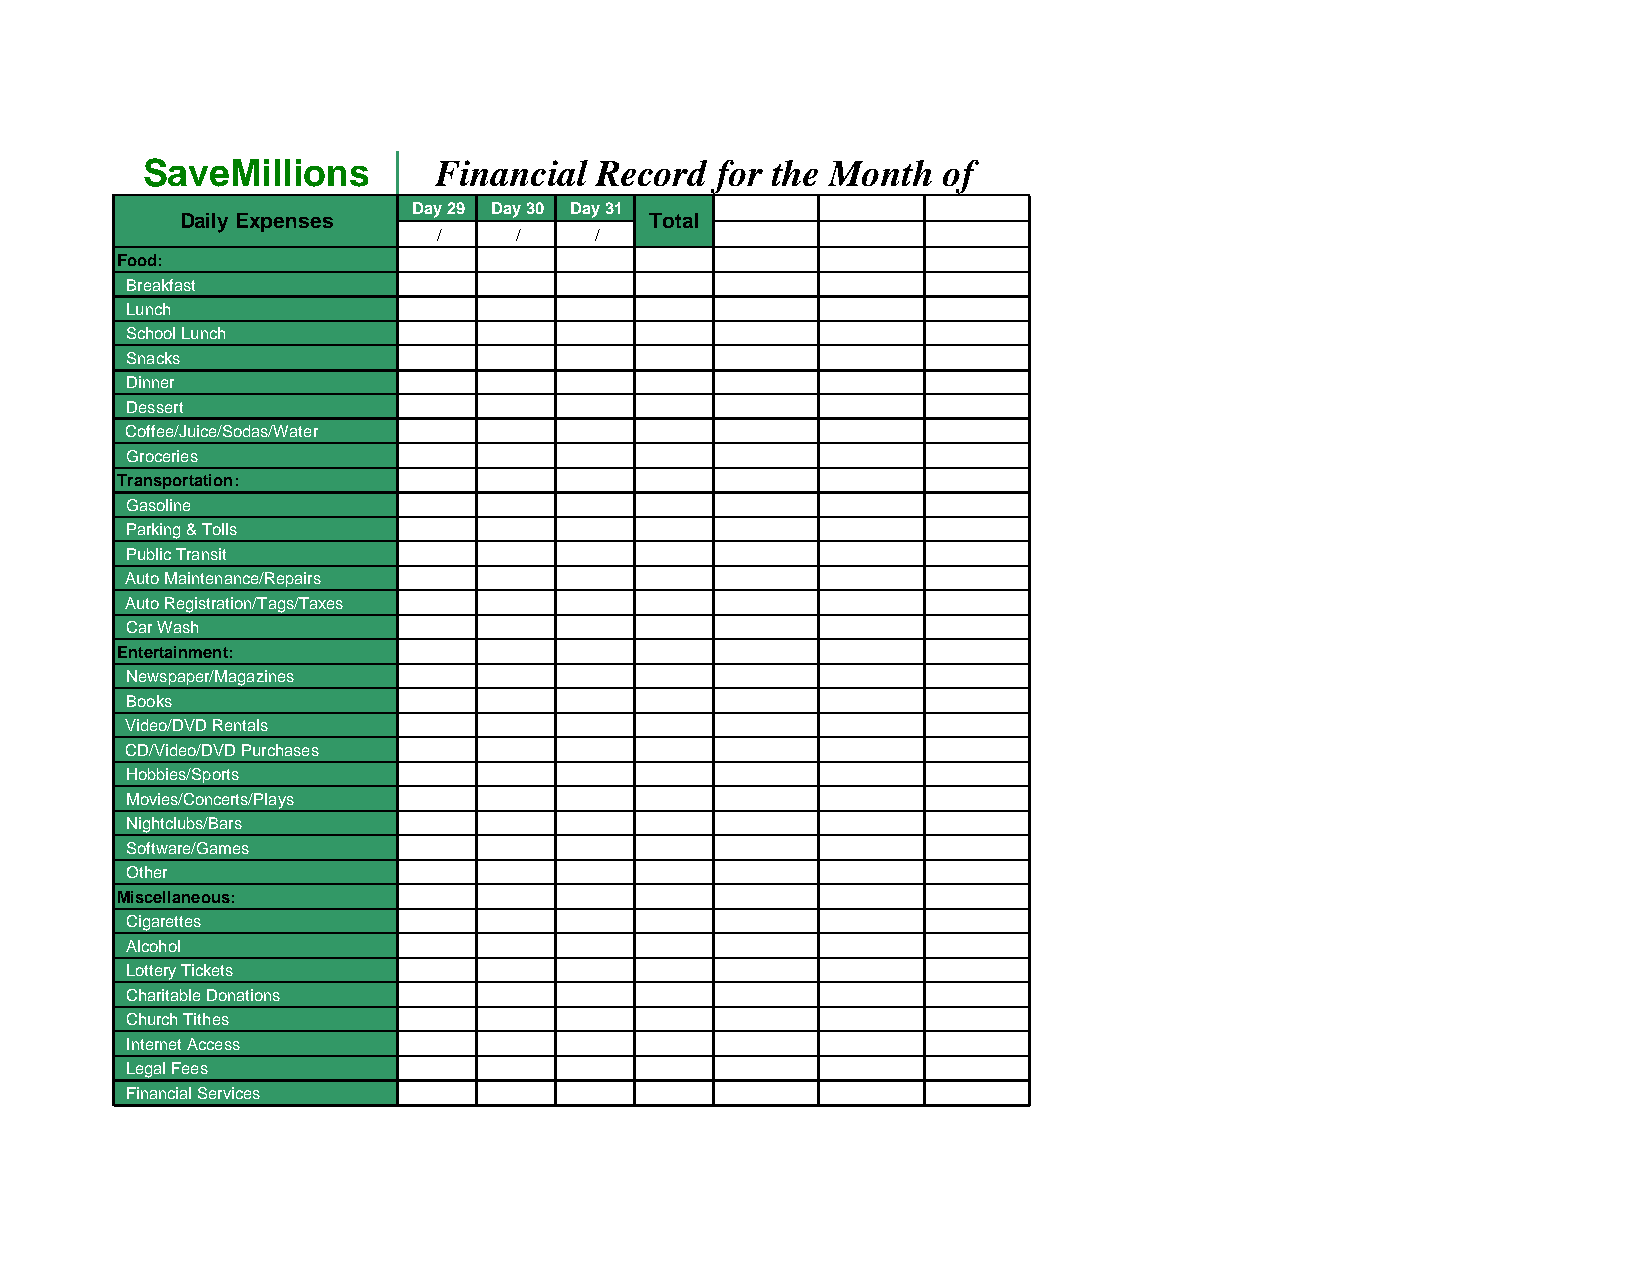
SaveMillions        Financial Record  for the Month  of
 Day 29 Day 30 Day 31
 Daily Expenses                 Total
 /    /    /
 Food:
 Breakfast
 Lunch
 School Lunch
 Snacks
 Dinner
 Dessert
 Coffee/Juice/Sodas/Water
 Groceries
 Transportation:
 Gasoline
 Parking & Tolls
 Public Transit
 Auto Maintenance/Repairs
 Auto Registration/Tags/Taxes
 Car Wash
 Entertainment:
 Newspaper/Magazines
 Books
 Video/DVD Rentals
 CD/Video/DVD Purchases
 Hobbies/Sports
 Movies/Concerts/Plays
 Nightclubs/Bars
 Software/Games
 Other
 Miscellaneous:
 Cigarettes
 Alcohol
 Lottery Tickets
 Charitable Donations
 Church Tithes
 Internet Access
 Legal Fees
 Financial Services